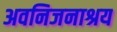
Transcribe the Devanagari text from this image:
अवनिजनाश्रय